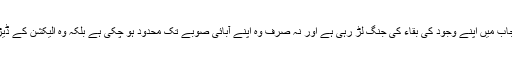
بلاشبہ پاکستان میں جمہوری تاریخ کی سب سے بڑی اور معتبر پارٹی پنجاب میں اپنے وجود کی بقاء کی جنگ لڑ رہی ہے اور نہ صرف وہ اپنے آبائی صوبے تک محدود ہو چکی ہے بلکہ وہ الیکشن کے ڈیڑھ سال بعد ہی سندھ میں کسی ممکنہ تبدیلی سے خوفزدہ بھی نظر آتی ہے۔